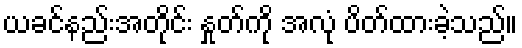
ယခင်နည်းအတိုင်း နှုတ်ကို အလုံ ပိတ်ထားခဲ့သည်။